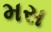
મસ